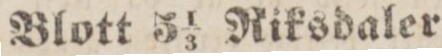
Blott 5 ⅓ Riksdaler